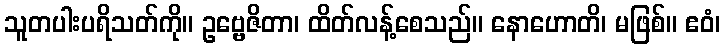
သူတပါးပရိသတ်ကို။ ဥဗ္ဗေဇိတာ၊ ထိတ်လန့်စေသည်။ နောဟောတိ၊ မဖြစ်။ ဧဝံ၊